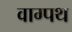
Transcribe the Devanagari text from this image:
वाग्पथ